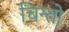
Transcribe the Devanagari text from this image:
चिन्तो